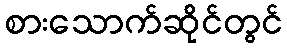
စားသောက်ဆိုင်တွင်